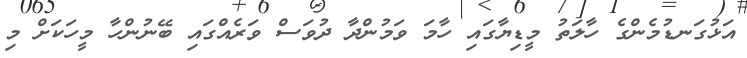
އަޅުގަނޑުމެންގެ ހާލަތު މީޑިޔާގައި ހާމަ ވަމުންދާ ދުވަސް ވަރެއްގައި ބޭނުންހާ މީހަކަށް މި